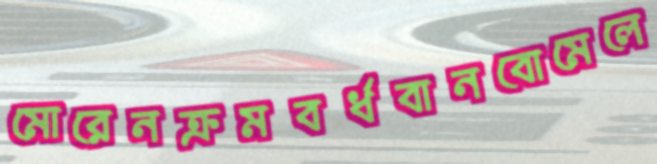
মোরেনক্রমবর্ধবানবোমেলে